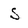
Character: S